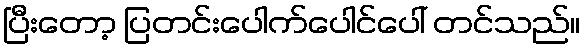
ပြီးတော့ ပြတင်းပေါက်ပေါင်ပေါ် တင်သည်။